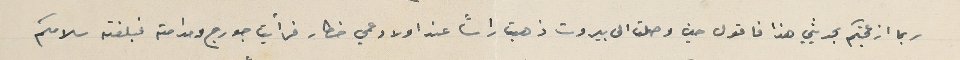
ربما ازعجتكم بحدثي هذا فاقول حين وصلت الى بيروت ذهبت راساً عند اولاد عمي خطار فرأيت جورج ومدامته فبلغته سلامكم